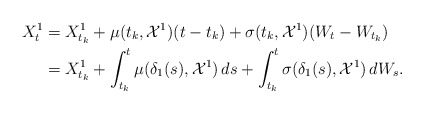
\begin{align*}X_{t}^1&=X_{t_k}^1+ \mu(t_k,\mathcal{X}^{1})(t-t_k)+ \sigma(t_k,\mathcal{X}^{1})(W_t-W_{t_k})\\&= X_{t_k}^1+ \int_{t_k}^{t}\mu({\delta_1}(s),\mathcal{X}^{1})\,ds+ \int_{t_k}^{t}\sigma({\delta_1}(s),\mathcal{X}^{1})\,dW_s.\end{align*}